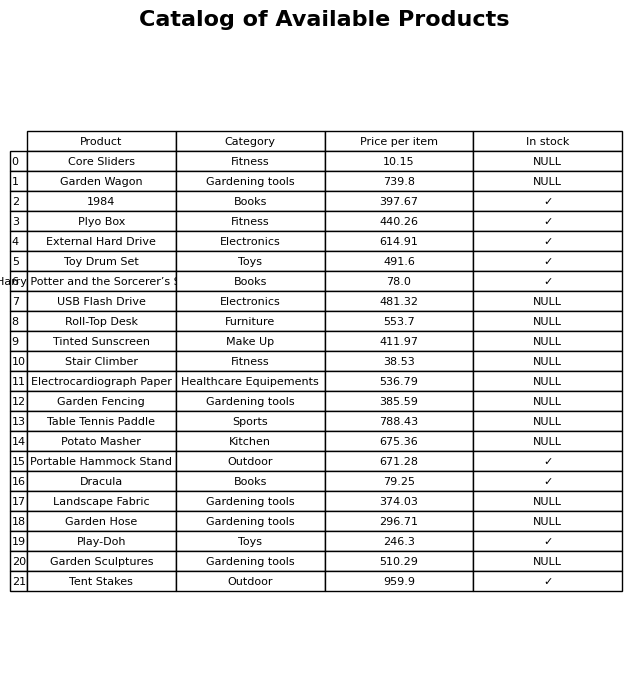
question: What is the price of the Stair Climber?
answer: The price of Stair Climber is 38.53.